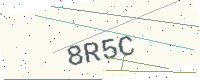
Text: 8R5C